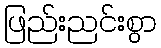
ဖြည်းညင်းစွာ